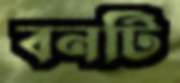
বনটি